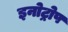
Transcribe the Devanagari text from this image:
इनोट्रोप